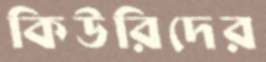
কিউরিদের